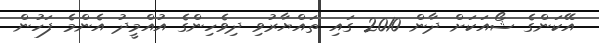
އޭކަންގެ ޝޯއަކަށް ދާން 2010 ގައި ތައްޔާރުވި ދިވެހިންގެ އުއްމީދު އެންމެ ފަހުން